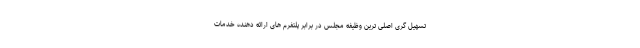
تسهیل گری اصلی ترین وظیفه مجلس در برابر پلتفرم های ارائه دهنده خدمات